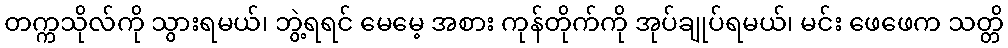
တက္ကသိုလ်ကို သွားရမယ်၊ ဘွဲ့ရရင် မေမေ့ အစား ကုန်တိုက်ကို အုပ်ချုပ်ရမယ်၊ မင်း ဖေဖေက သတ္တိ